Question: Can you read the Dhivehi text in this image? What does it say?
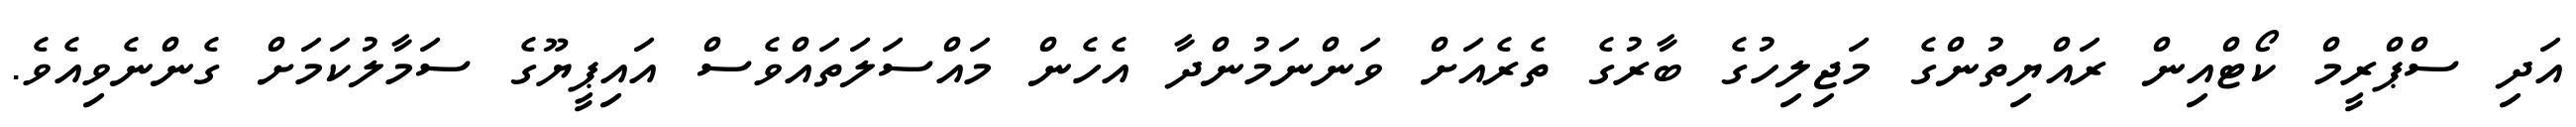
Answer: އަދި ސްޕްރީމް ކޯޓްއިން ރައްޔިތުންގެ މަޖިލިހުގެ ބާރުގެ ތެރެއަށް ވަންނަމުންދާ އެހެން މައްސަލަތައްވެސް އައިޕީޔޫގެ ސަމާލުކަމަށް ގެންނެވިއެވެ.